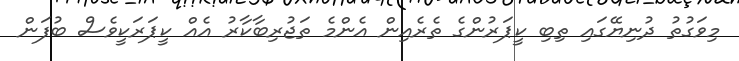
މިވަގުތު ދުނިޔޭގައި ތިބި ކީޕަރުންގެ ތެރެއިން އެންމެ ތަޖުރިބާކާރު އެއް ކީޕަރަކީވެސް ބުފަން